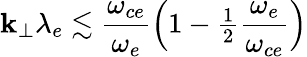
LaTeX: \mathbf{k}_{\perp}\lambda_{e}\lesssim\frac{{\omega_{ce}}}{{\omega_{e}}}\Big(1-{\textstyle\frac{{1}}{{2}}}\frac{{\omega_{e}}}{{\omega_{ce}}}\Big)